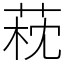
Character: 萙